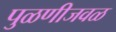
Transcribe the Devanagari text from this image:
पुळणीजवळ